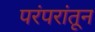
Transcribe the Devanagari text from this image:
परंपरांतून